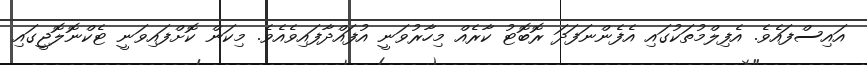
އައިސްފައެވެ. އެފިލްމުތަކުގައި އެފެންނަފަދަ ރޮބޮޓު ކާރެއް މިހާރުވަނީ އުފައްދާފައިވެއެވެ. މިކަން ކޮށްފައިވަނީ ޓެކްނޮލޮޖީގައި